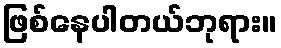
ဖြစ်နေပါတယ်ဘုရား။